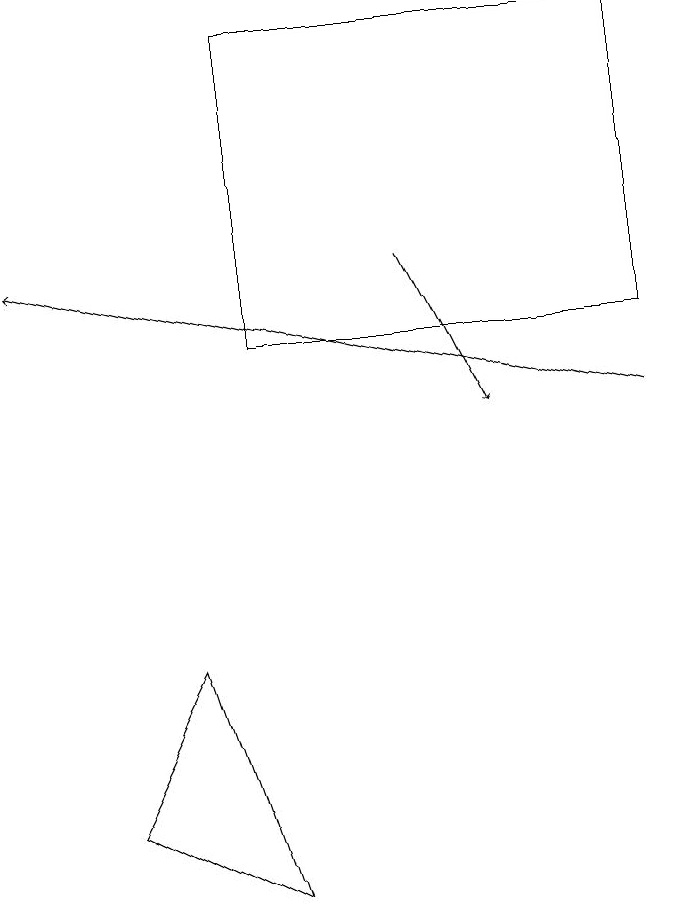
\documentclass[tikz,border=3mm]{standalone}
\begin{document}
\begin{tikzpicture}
\draw[->] (9,10) -- (1,12);
\draw (9,11) rectangle (4,15);
\draw[->] (6,12) -- (7,10);
\draw (2,5) -- (4,4) -- (3,7) -- cycle;
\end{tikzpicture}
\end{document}